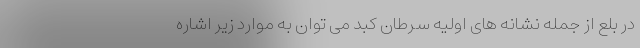
در بلع از جمله نشانه های اولیه سرطان کبد می توان به موارد زیر اشاره